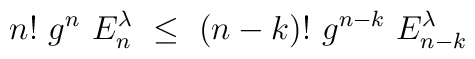
n!~g^n~E_n^{\lambda}~\le~(n-k)!~g^{n-k}~E_{n-k}^{\lambda}~